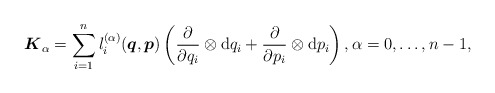
\begin{gather*}\boldsymbol{K}_\alpha=\sum _{i=1}^n l_{i } ^{(\alpha)}( \boldsymbol{q},\boldsymbol{p})\left(\frac{\partial}{\partial q_i}\otimes \mathrm{d} q_i + \frac{\partial}{\partial p_i}\otimes \mathrm{d} p_i\right ), \alpha=0,\ldots,n-1, \end{gather*}